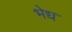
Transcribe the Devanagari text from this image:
भेध